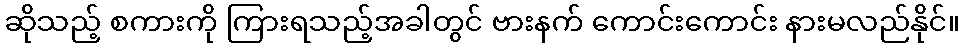
ဆိုသည့် စကားကို ကြားရသည့်အခါတွင် ဗားနက် ကောင်းကောင်း နားမလည်နိုင်။